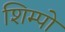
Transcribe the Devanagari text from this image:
शिम्पो